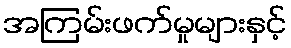
အကြမ်းဖက်မှုများနှင့်